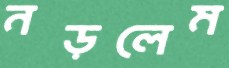
নড়লেম